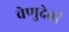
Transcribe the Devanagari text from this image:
वेणुदेवी